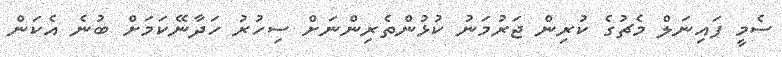
ސެމީ ފައިނަލް މެޗުގެ ކުރިން ޖަރުމަނު ކުޅުންތެރިންނަށް ސިހުރު ހަދާނޭކަމަށް ބުނެ އެކަން